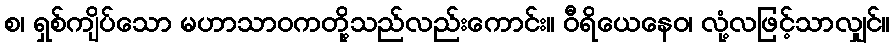
စ၊ ရှစ်ကျိပ်သော မဟာသာဝကတို့သည်လည်းကောင်း။ ဝီရိယေနေဝ၊ လုံ့လဖြင့်သာလျှင်။